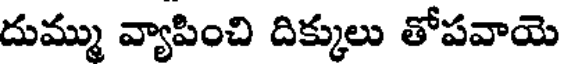
దుమ్ము వ్యాపించి దిక్కులు తోపవాయె